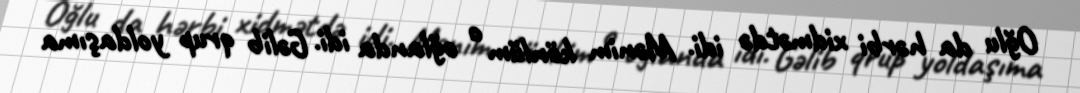
Oğlu da hərbi xidmətdə idi. Mənim könlüm o oğlanda idi. Gəlib qrup yoldaşıma